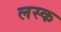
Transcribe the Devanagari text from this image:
लस्क